Burma Government Medical School reports 1907-22
Year: 1907
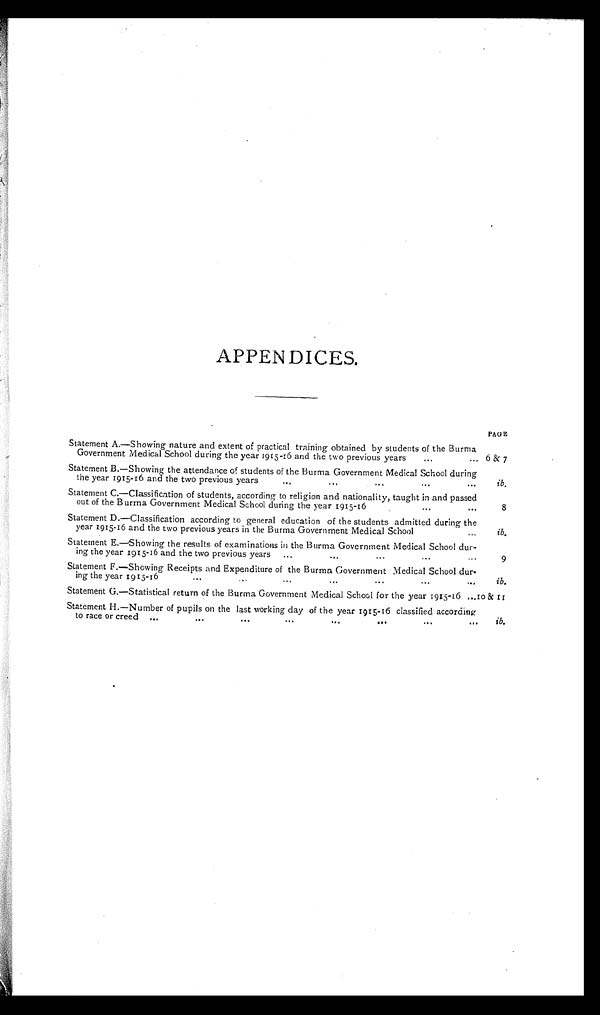
APPENDICES.
PAGE
Statement A.—Showing nature and extent of practical training obtained by students of the Burma
Government Medical School during the year 1915 -16 and the two previous years
...
... 6 & 7
Statement B.—Showing the attendance of students of the Burma Government Medical School during
the year 1915-16 and the two previous years
...
...
... . . .
. . .
ib.
Statement C.—Classification of students, according to religion and nationality, taught in and passed
out of the Burma Government Medical School during the year 1915-16
... . . .
8
Statement D.—Classification according to general education of the students admitted during the
year 1915-16 and the two previous years in the Burma Government Medical School
...
ib.
Statement E.— Showing the results of examinations in the Burma Government Medical School dur-
ing the year 1915-16 and the two previous years
...
... . . .
. . .
. . .
9
Statement F.—Showing Receipts and Expenditure of the Burma Government Medical School dur-
ing the year 1915-16
...
... . . . . . . . . .
. . .
. . .
ib.
Statement G.—Statistical return of the Burma Government Medical School for the year 1915-16
. . . 10&11
Statement H.—Number of pupils on the last working day of the year 1915-16 classified according
to race or creed ...
...
...
...
...
. . .
. . .
. . .
ib.